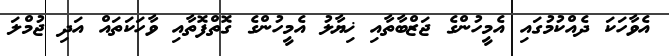
އެވާހަކަ ދެއްކުމުގައި އެމީހުންގެ ޖަޒްބާތާއި ޚިޔާލު އެމީހުންގެ ގޮތްފޮތާއި ވާހަކަތައް އަދި ޖުމްލަ